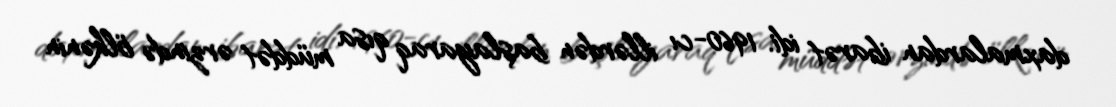
daxmalardan ibarət idi. 1960-cı illərdən başlayaraq qısa müddət ərzində ölkənin